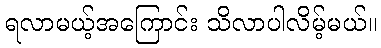
ရလာမယ့်အကြောင်း သိလာပါလိမ့်မယ်။